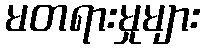
မတရားမှုများ